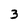
Character: 3